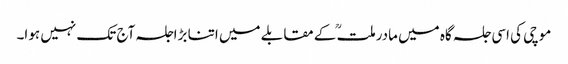
موچی کی اسی جلسہ گاہ میں مادرملتؒ کے مقابلے میں اتنا بڑاجلسہ آج تک نہیں ہوا۔